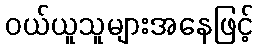
ဝယ်ယူသူများအနေဖြင့်